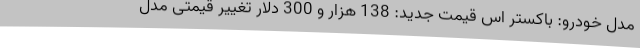
مدل خودرو: باکستر اس قیمت جدید: 138 هزار و 300 دلار تغییر قیمتی مدل